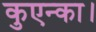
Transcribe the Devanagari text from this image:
कुएन्का।